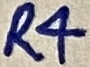
Text: R4